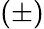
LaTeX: (\pm)